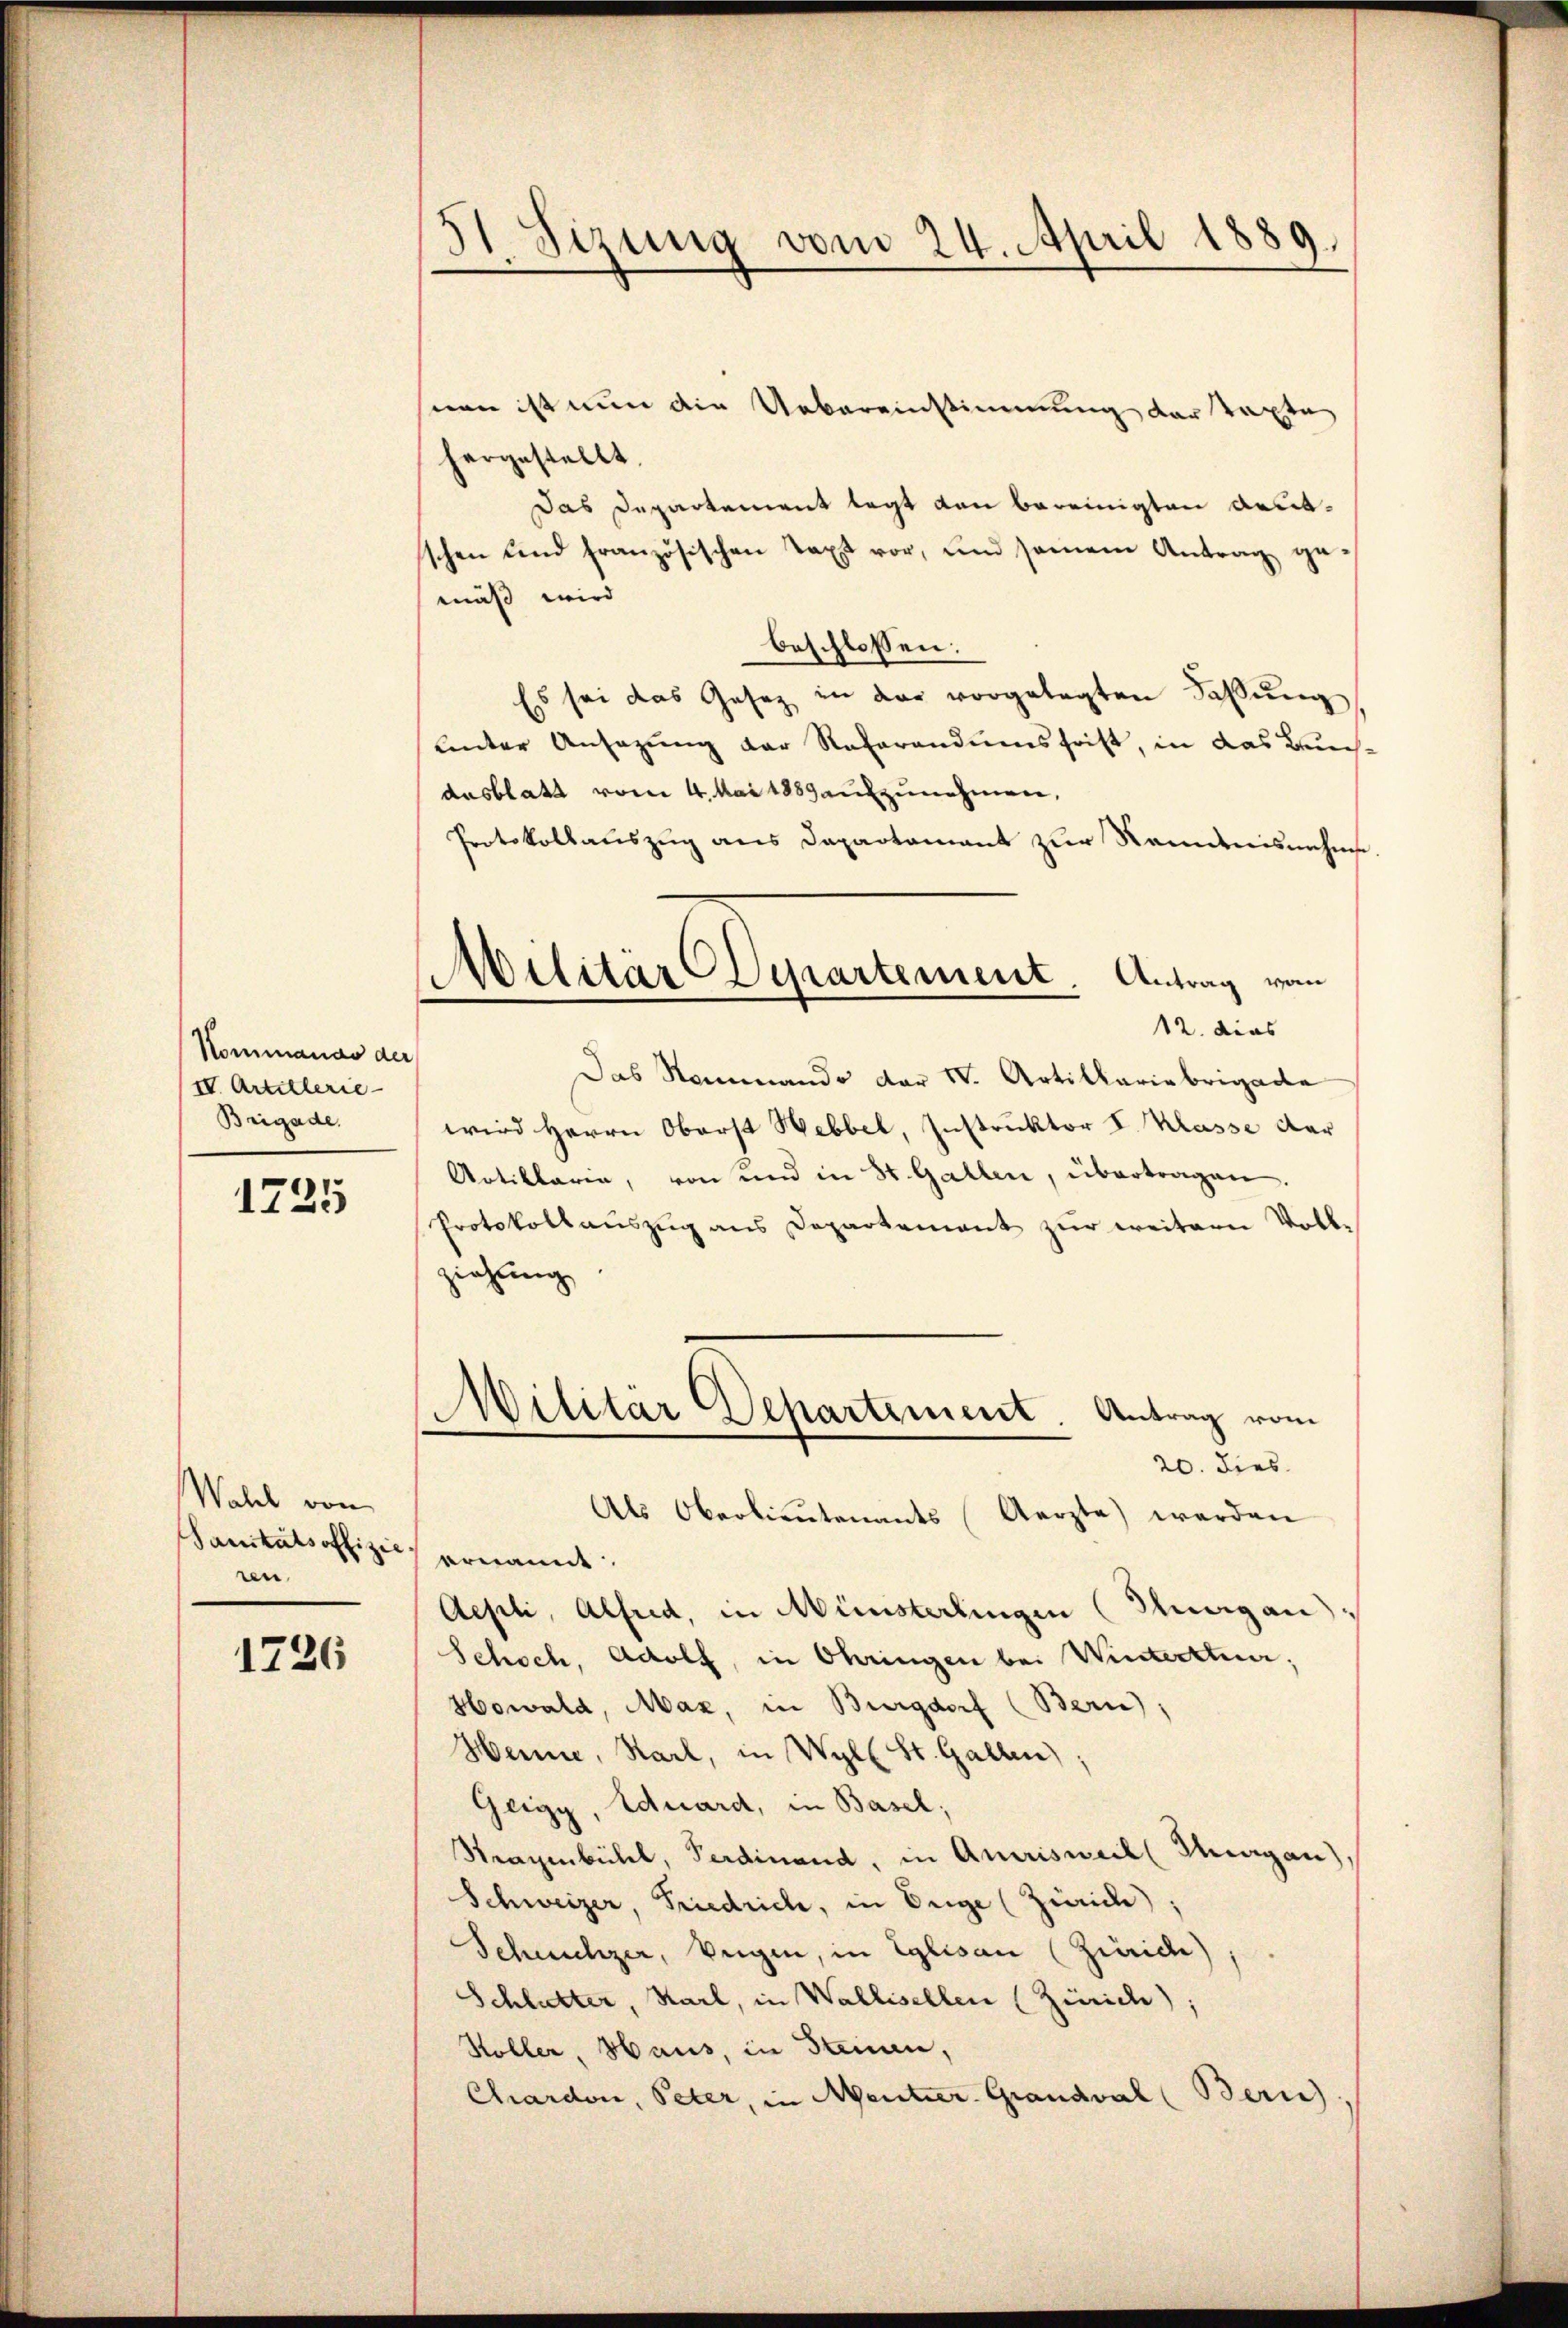
Kommands der
IV. Artillerie-
Brigade.

1725

Wahl von
Sanitätsoffizie
ren.

1726

s
.
Stzung vom 24. April 1889.
¬

Militär-Departement. Antrag vom
12. dies

nen ist nun die Uebereinstimmung der Taxte
hergestellt.
Das Departement legt den bereinigten deutschen und französischen Taxt vor, und seinem Antrag ge
mäß wird
beschlossen:
Es sei das Gesetz in der vorgelegten Faßung
Unter Ansazung der Referandumsfrist, in das Bunausblatt vom 4. Mai 1859 aufzunehmen,
Protokollauszug aus Dapartamant zŭr Kenntensnahme.
Das Sommando der IV. Artillariebrigade
wird Herrn Oberst Hebbel, Instruktor I. Klasse dar
Artiklaren, von und in St. Gallen, übertragen.
Protokollauszug aus Departement zur weitern Vollziehung
Militär Departement. Antrag vom
20. dies
Als Oberlieutenants Aerzte werden
ernannt
Aepli, Alfred, in Münsterlingen (Thurgan
Schoch, Adolf, in Ohringen bei Winterthur;
Howald, Maz, in Burgdorf (Bern),
Henne, Karl, in Wyll St. Gallen)
Geigy, Eduard, in Basel;
Stragenbühl, Ferdinand, in Amrisweil (Margau)
Schweizer, Friedrich, in Enge (Zürich),
Scheuchzer, Weigen, in Eglisau (Zürich),
Schlutter, Karl, in Wallisellen (Zürich):
Höller Haus, in Stein,
Chardon, Peter, in Mentier-Grandval (Bern)